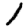
Digit: 1